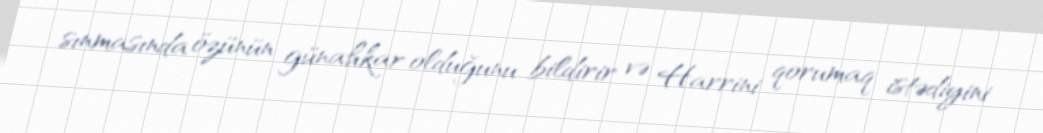
sınmasında özünün günahkar olduğunu bildirir və Harrini qorumaq istədiyini